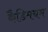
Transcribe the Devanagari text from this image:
कैडिमयम